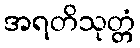
အရတိသုတ္တံ